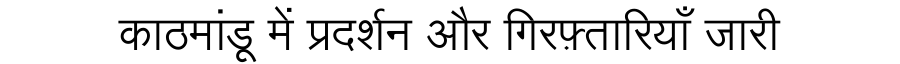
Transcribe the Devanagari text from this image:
काठमांडू में प्रदर्शन और गिरफ़्तारियाँ जारी